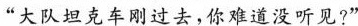
“大队坦克车刚过去，你难道没听见?”